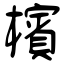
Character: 檳